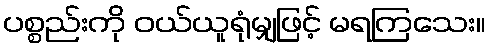
ပစ္စည်းကို ဝယ်ယူရုံမျှဖြင့် မရကြသေး။